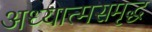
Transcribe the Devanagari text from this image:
अध्यात्मसमृद्ध